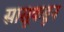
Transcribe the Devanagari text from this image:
सासूकडून